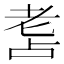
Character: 𦒾